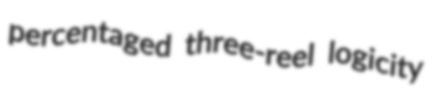
percentaged three-reel logicity